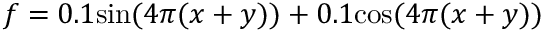
f = 0 . 1 \mathrm { s i n } ( 4 \pi ( x + y ) ) + 0 . 1 \mathrm { c o s } ( 4 \pi ( x + y ) )